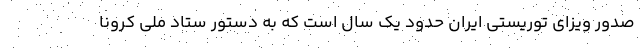
صدور ویزای توریستی ایران حدود یک سال است که به دستور ستاد ملی کرونا